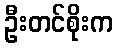
ဦးတင်စိုးက